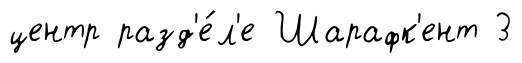
центр разд'е́л'е Шарафк'ент 3